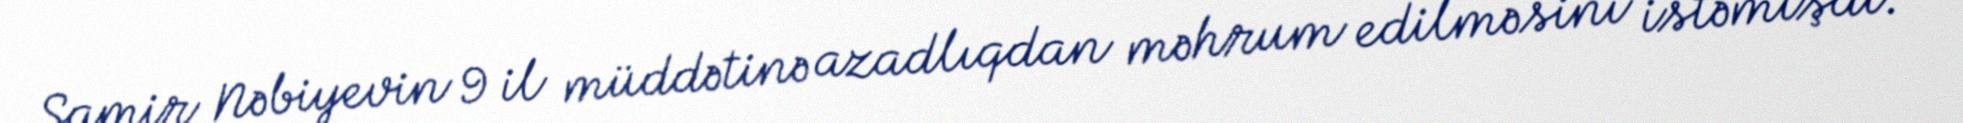
Samir Nəbiyevin 9 il müddətinə azadlıqdan məhrum edilməsini istəmişdi.